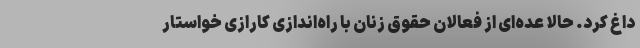
داغ کرد. حالا عده‌ای از فعالان حقوق زنان با راه‌اندازی کارازی خواستار